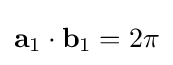
\mathbf {a} _{1}\cdot \mathbf {b} _{1}=2\pi